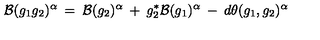
{ \cal B } ( g _ { 1 } g _ { 2 } ) ^ { \alpha } \: = \: { \cal B } ( g _ { 2 } ) ^ { \alpha } \: + \: g _ { 2 } ^ { * } { \cal B } ( g _ { 1 } ) ^ { \alpha } \: - \: d \theta ( g _ { 1 } , g _ { 2 } ) ^ { \alpha }